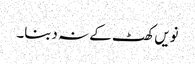
نویں کھٹ کے نہ دبنا۔